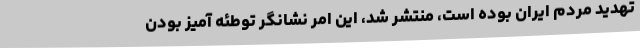
تهدید مردم ایران بوده است، منتشر شد، این امر نشانگر توطئه آمیز بودن